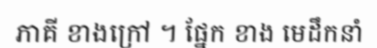
ភាគី ខាងក្រៅ ។ ផ្នែក ខាង មេដឹកនាំ